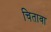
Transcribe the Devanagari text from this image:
चितावा